Report of the Imperial Institute of Veterinary Research, Muktesar
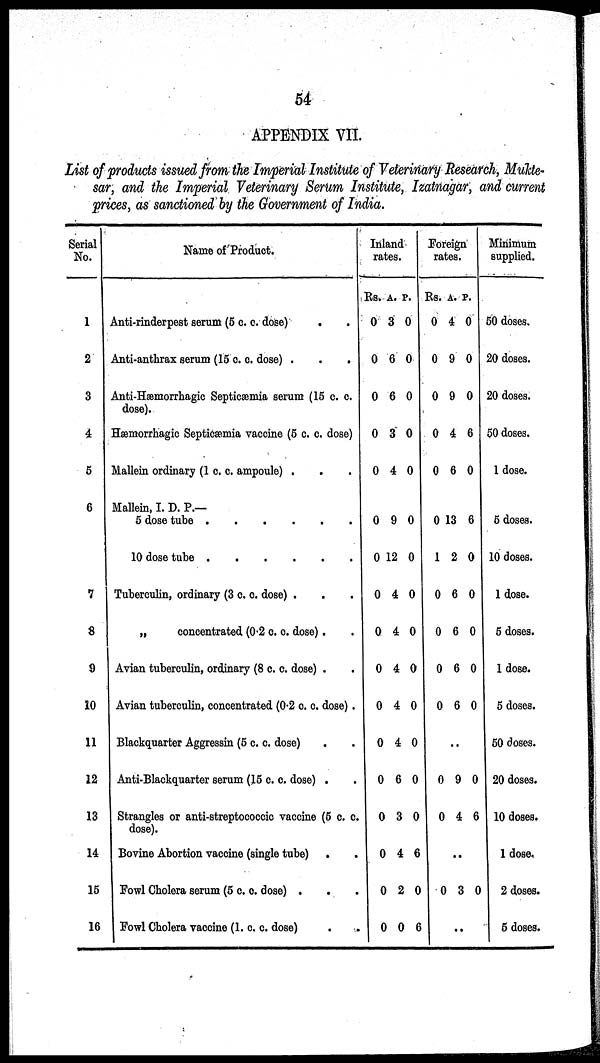
54
APPENDIX VII.
List of products issued from the Imperial Institute of Veterinary Research, Mukte-
sar, and the Imperial Veterinary Serum Institute, Izatnagar, and current
prices, as sanctioned by the Government of India.
Serial
No.
1
2
3
4
5
6
7
8
9
10
11
12
13
14
15
16
Name of Product.
Anti-rinderpest serum (5 c. c. dose)
Anti-anthrax serum (15 c. c. dose) .
Anti-Hæmorrhagic Septicæmia serum (15 c. c.
dose).
Hæmorrhagic Septicæmia vaccine (5 c. c. dose)
Mallein ordinary (1 c. c. ampoule) .
Mallein, I. D. P.—
5 dose tube
10 dose tube
......
Tuberculin, ordinary (3 c. c. dose) .
„
concentrated (0.2 c. c. dose).
Avian tuberculin, ordinary (8 c. c. dose) .
Avian tuberculin, concentrated (0.2 c. c. dose).
Blackquarter Aggressin (5 c. c. dose)
Anti-Blackquarter serum (15 c. c. dose) .
Strangles or anti-streptococcic vaccine (5 c. c.
dose).
Bovine Abortion vaccine (single tube) .
Fowl Cholera serum (5 c. c. dose) .
Fowl Cholera vaccine (1. c. c. dose)
Inland
rates.
Rs.
0
0
0
0
0
0
0
0
0
0
0
0
0
0
0
0
0
A.
3
6
6
3
4
9
12
4
4
4
4
4
6
3
4
2
0
P.
0
0
0
0
0
0
0
0
0
0
0
0
0
0
6
0
6
Foreign
rates.
Rs.
0
0
0
0
0
0
1
0
0
0
0
..
0
0
..
0
..
A.
4
9
9
4
6
13
2
6
6
6
6
9
4
3
P.
0
0
0
6
0
6
0
0
0
0
0
0
6
0
Minimum
supplied.
50 doses.
20 doses.
20 doses.
50 doses.
1 dose.
5 doses.
10 doses.
1 dose.
5 doses.
1 dose.
5 doses.
50 doses.
20 doses.
10 doses.
1 dose.
2 doses.
5 doses.